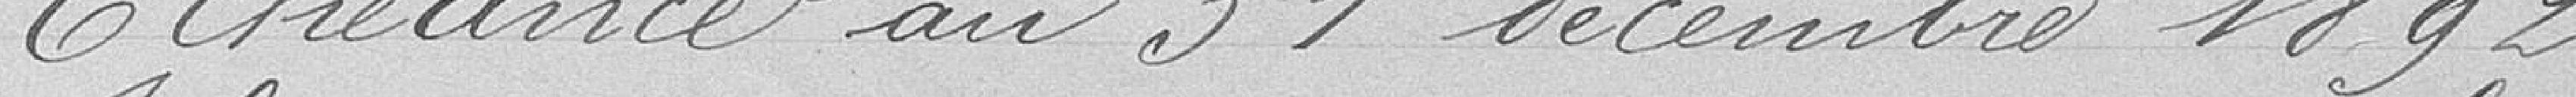
Echéance au 31 décembre 1892